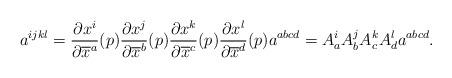
LaTeX: \begin{align*}a^{ijkl}=\frac{\partial x^i}{\partial \overline{x}^a}(p)\frac{\partial x^j}{\partial \overline{x}^b}(p)\frac{\partial x^k}{\partial \overline{x}^c}(p)\frac{\partial x^l}{\partial \overline{x}^d}(p)a^{abcd}=A^i_aA^j_bA^k_cA^l_da^{abcd}.\end{align*}